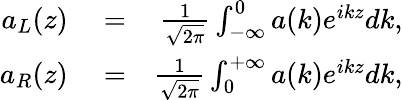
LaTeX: \begin{array}{rlr}{a_{L}(z)}&{{}=}&{\frac{1}{\sqrt{2\pi}}\int_{-\infty}^{0}a(k)e^{ikz}dk,}\\ {a_{R}(z)}&{{}=}&{\frac{1}{\sqrt{2\pi}}\int_{0}^{+\infty}a(k)e^{ikz}dk,}\end{array}